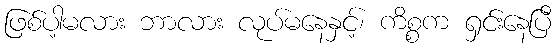
ဖြစ်ပါ့မလား ဘာလား လုပ်မနေနှင့်၊ ကိစ္စက ရှင်းနေပြီ